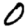
Digit: 0